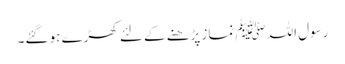
رسول اللہﷺ نماز پڑھنے کے لئے کھڑے ہو گئے۔